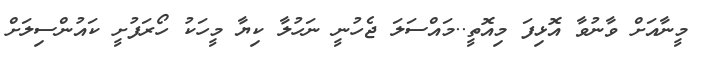
މީނާއަށް ވާނުވާ އޮޅިފަ މިއޮތީ..މައްސަލަ ޖެހުނީ ނަހުލާ ކިޔާ މީހަކު ހޯރަފުށީ ކައުންސިލަށް